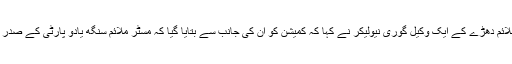
سماعت کے بعد ملائم دھڑے کے ایک وکیل گوری نیولیكر نے کہا کہ کمیشن کو ان کی جانب سے بتایا گیا کہ مسٹر ملائم سنگھ یادو پارٹی کے صدر اورسپریم لیڈر ہیں۔